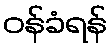
ဝန်ခံရန်